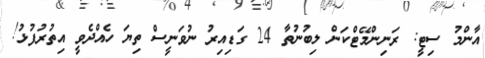
އާންމު ސިޓީ: ރަނިންމޭޓްކަން ލިބުނުތާ 24 ގަޑިއިރު ނުވަނީސް ތިޔަ ހެއްދެވީ އިތުރުފުޅު!